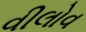
વીલોવ